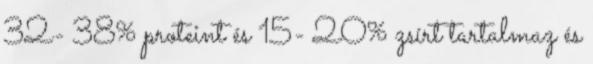
32- 38% proteint és 15- 20% zsírt tartalmaz és